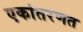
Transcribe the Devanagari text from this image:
एकांतरणत